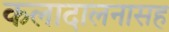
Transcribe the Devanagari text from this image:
कलादालनासह